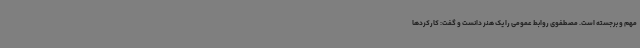
مهم و برجسته است. مصطفوی روابط عمومی را یک هنر دانست و گفت: کارکردها